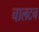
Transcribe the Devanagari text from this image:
चालटन